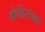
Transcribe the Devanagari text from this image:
क्रेडिटच्या